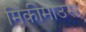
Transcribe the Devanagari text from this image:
मिकीमाउस